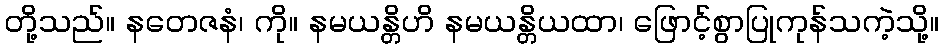
တို့သည်။ နတေဇနံ၊ ကို။ နမယန္တိဟိ နမယန္တိယထာ၊ ဖြောင့်စွာပြုကုန်သကဲ့သို့။